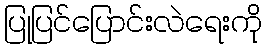
ပြုပြင်ပြောင်းလဲရေးကို